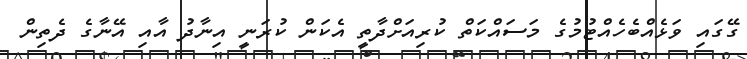
ގޭގައި ވަޅެއްބެހެއްޓުމުގެ މަސައްކަތް ކުރިއަށްދާތީ އެކަން ކުރަނީ އިނާދު އާއި އޭނާގެ ދެތިން